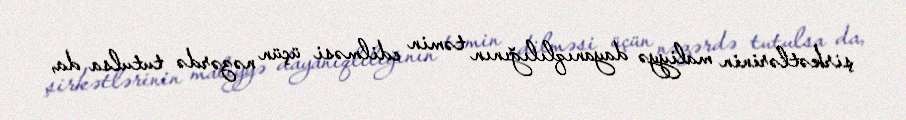
şirkətlərinin maliyyə dayanıqlılığının təmin edilməsi üçün nəzərdə tutulsa da,